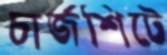
চার্জশিটে